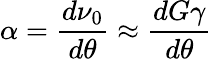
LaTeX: \alpha=\frac{d\nu_{0}}{d\theta}\approx\frac{dG\gamma}{d\theta}